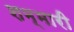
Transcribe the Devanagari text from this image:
शम्मारी